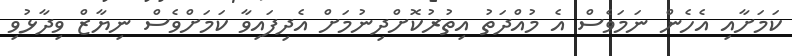
ކަމަށާއި އެހެން ނަމަވެސް އެ މުއްދަތު އިތުރުކޮށްދިނުމަށް އެދިފައިވާ ކަމަށްވެސް ނިޔާޒް ވިދާޅުވި